Annual report of the Bengal Veterinary College and of the Civil Veterinary Department, Bengal, for the year 1912-1913 - 1912-1913
Year: 1912
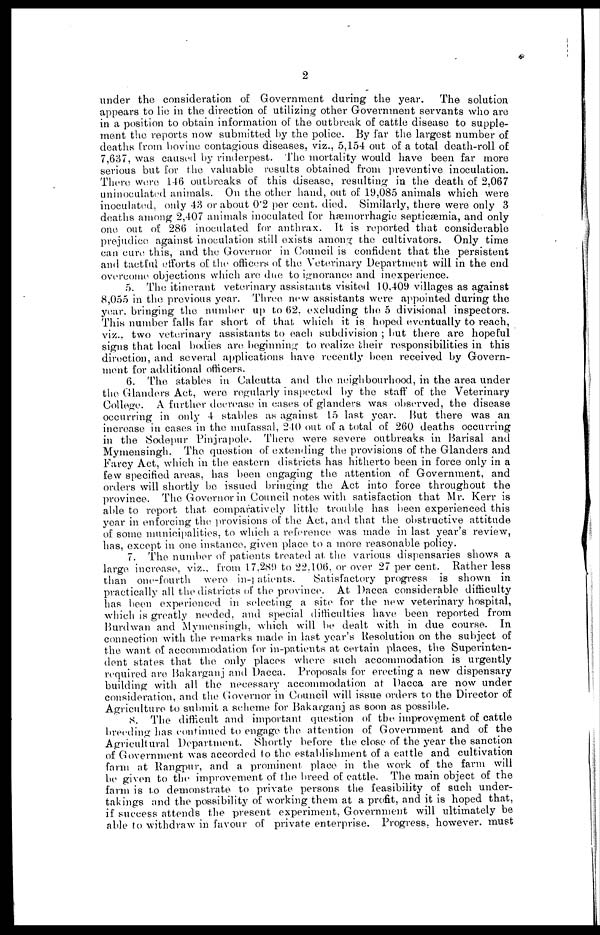
2
under the consideration of Government during the year.
The solution
appears to lie in the direction of utilizing other Government servants who are
in a position to obtain information of the outbreak of cattle disease to supple-
ment the reports now submitted by the police. By far the largest number of
deaths from bovine contagious diseases, viz., 5,154 out of a total death-roll of
7,637, was caused by rinderpest. The mortality would have been far more
serious but for the valuable results obtained from preventive inoculation.
There were 146 outbreaks of this disease, resulting in the death of 2,067
uninoculated animals. On the other hand, out of 19,085 animals which were
inoculated, only 43 or about 0'2 per cent. died. Similarly, there were only 3
deaths among 2,407 animals inoculated for hæmorrhagic septicæmia, and only
one out of 286 inoculated for anthrax. It is reported that considerable
prejudice against inoculation still exists among the cultivators. Only time
can cure this, and the Governor in Council is confident that the persistent
and tactful efforts of the officers of the Veterinary Department will in the end
overcome, objections which are due to ignorance and inexperience.
5. The itinerant veterinary assistants visited 10,409 villages as against
8,055 in the previous year. Three new assistants were appointed during the
year, bringing the number up to 62. excluding the 5 divisional inspectors.
This number falls far short of that which it is hoped eventually to reach,
viz.. two veterinary assistants to each subdivision ; but there are hopeful
signs that local bodies are beginning to realize their responsibilities in this
direction, and several applications have recently been received by Govern-
ment for additional officers.
6. The stables in Calcutta and the neighbourhood, in the area under
the Glanders Act, were regularly inspected by the staff of the Veterinary
College. A further decrease in cases of glanders was observed, the disease
occurring in only 4 stables as against 15 last year. Hut there was an
increase in cases in the mufassal, 240 out of a total of 260 deaths occurring
in the Sodepur Pinjrapole. There were severe outbreaks in Barisal and
Mymensingh. The question of extending the provisions of the Glanders and
Farcy Act, which in the eastern districts has hitherto been in force only in a
few specified areas, has been engaging the attention of Government, and
orders will shortly be issued bringing the Act into force throughout the
province. The Governor in Council notes with satisfaction that Mr. Kerr is
able to report that comparatively little trouble has been experienced this
year in enforcing the provisions of the Act, and that the obstructive attitude
of some municipalities, to which a reference was made in last year's review,
has, except in one instance, given place to a more reasonable policy.
7. The number of patients treated at the various dispensaries shows a
large increase, viz., from 17,289 to 22,106, or over 27 per cent. Rather less
than one-fourth were in-patients.
Satisfactory progress is shown in
practically all the districts of the province. At Dacca considerable difficulty
has been experienced in selecting a site for the new veterinary hospital,
which is greatly needed, and special difficulties have been reported from
Burdwan and Mymensingh, which will be dealt with in due course. In
connection with the remarks made in last year's Resolution on the subject of
the want of accommodation for in-patients at certain places, the Superinten-
dent states that the only places where such accommodation is urgently
required are Bakarganj and Dacca. Proposals for erecting a new dispensary
building with all the necessary accommodation at Dacca are now under
consideration, and the Governor in Council will issue orders to the Director of
Agriculture to submit a scheme for Bakarganj as soon as possible.
8. The difficult and important question of the improvement of cattle
breeding has continued to engage the attention of Government and of the
Agricultural Department. Shortly before the close of the year the sanction
of Government was accorded to the establishment of a cattle and cultivation
farm at Rangpur, and a prominent place in the work of the farm will
be given to the improvement of the breed of cattle. The main object of the
farm is to demonstrate to private persons the feasibility of such under-
takings and the possibility of working them at a profit, and it is hoped that,
if success attends the present experiment, Government will ultimately be
able to withdraw in favour of private enterprise. Progress, however, must